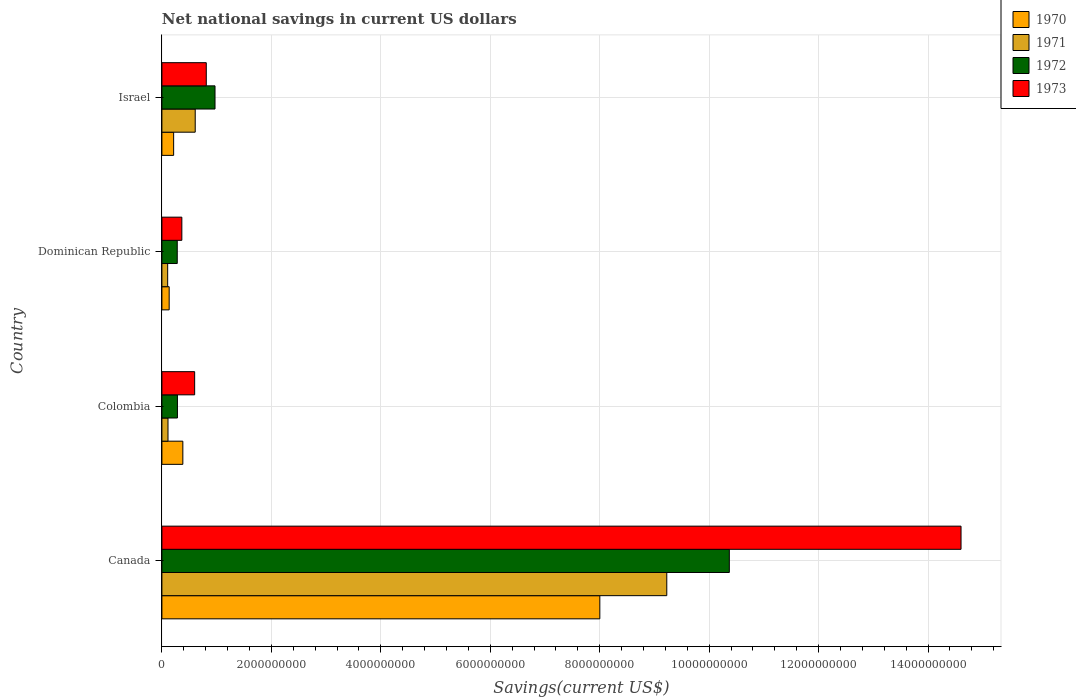
| Country | 1970 | 1971 | 1972 | 1973 |
 | --- | --- | --- | --- | --- |
 | Canada | 8e+09 | 9.23e+09 | 1.04e+10 | 1.46e+10 |
 | Colombia | 3.83e+08 | 1.11e+08 | 2.84e+08 | 5.98e+08 |
 | Dominican Republic | 1.33e+08 | 1.05e+08 | 2.8e+08 | 3.65e+08 |
 | Israel | 2.15e+08 | 6.09e+08 | 9.71e+08 | 8.11e+08 |